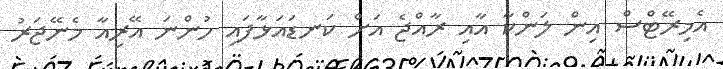
އެމިރޭޓްސް އިން ލަންކާ އާއި ރާއްޖެ އަށް ކަނޑައަޅާފައި ހުންނަ އޭރިއާ މެނޭޖަރު